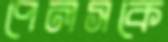
পেলসকে